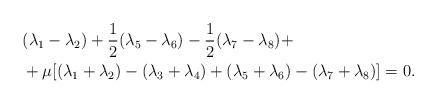
LaTeX: \begin{align*}& (\lambda _{1}-\lambda _{2})+\frac{1}{2}(\lambda _{5}-\lambda _{6})-\frac{1}{2}(\lambda _{7}-\lambda _{8})+ \\& +\mu \lbrack (\lambda _{1}+\lambda _{2})-(\lambda _{3}+\lambda_{4})+(\lambda _{5}+\lambda _{6})-(\lambda _{7}+\lambda _{8})]=0.\end{align*}